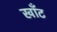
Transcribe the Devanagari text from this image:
खाँट